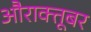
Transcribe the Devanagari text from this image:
औराक्तूबर